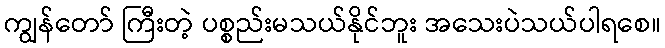
ကျွန်တော် ကြီးတဲ့ ပစ္စည်းမသယ်နိုင်ဘူး အသေးပဲသယ်ပါရစေ။